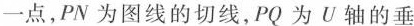
一点，PN为图线的切线，PQ为U轴的垂